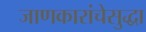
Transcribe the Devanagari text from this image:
जाणकारांचेसुद्धा